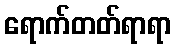
ရောက်တတ်ရာရာ